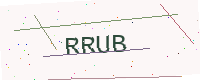
Text: RRUB